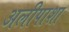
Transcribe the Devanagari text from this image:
अलीपाशा